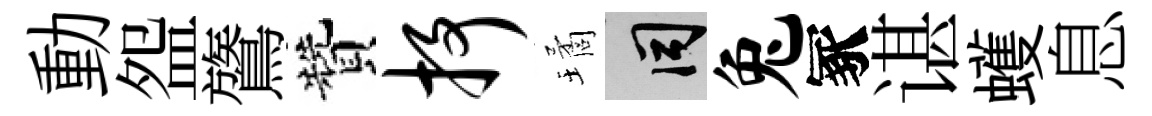
動盌鷟贊抒璚间兔冢谌蠖息